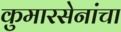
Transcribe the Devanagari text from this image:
कुमारसेनांचा